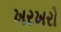
ખરખરો